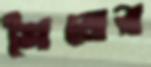
শৈলের